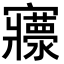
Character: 𡬄